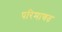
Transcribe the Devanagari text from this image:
परिमाणत